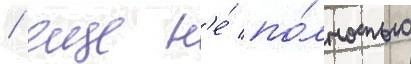
/ еще н'е́ по́лностью